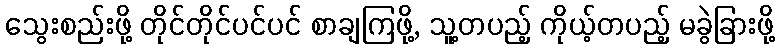
သွေးစည်းဖို့ တိုင်တိုင်ပင်ပင် စာချကြဖို့, သူ့တပည့် ကိုယ့်တပည့် မခွဲခြားဖို့